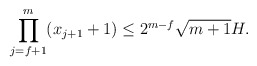
\begin{align*} \prod_{j=f+1}^{m} (x_{j+1}+1)\leq 2^{m-f}\sqrt{m+1}H.\end{align*}